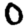
Digit: 0